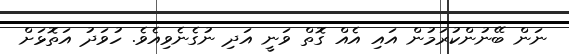
ނަން ބޭނުންކުރަމުން އައި އެއް ގޮތް ވަނީ އަދި ނުގެނެވިއެވެ. ހުވަދު އަތޮޅަށް